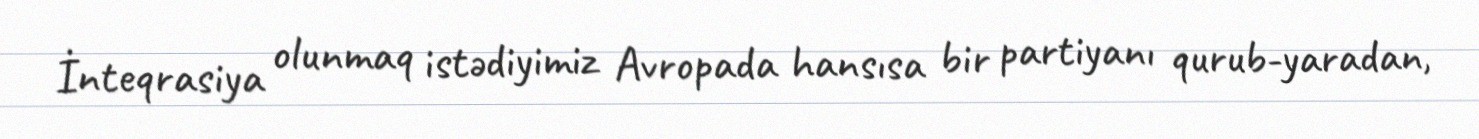
İnteqrasiya olunmaq istədiyimiz Avropada hansısa bir partiyanı qurub-yaradan,